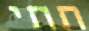
תתי